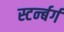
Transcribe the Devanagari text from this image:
स्टर्न्बर्ग